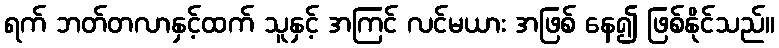
ရက် ဘတ်တလာနှင့်ထက် သူနှင့် အကြင် လင်မယား အဖြစ် နေ၍ ဖြစ်နိုင်သည်။